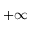
+ \infty